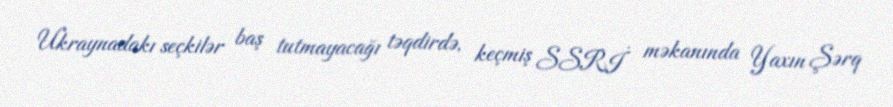
Ukraynadakı seçkilər baş tutmayacağı təqdirdə, keçmiş SSRİ məkanında Yaxın Şərq